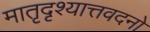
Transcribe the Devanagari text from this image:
मातृदृश्यात्तवदनो